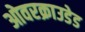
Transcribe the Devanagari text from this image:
ओवरक्राउडेड